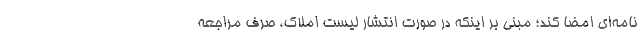
نامه‌ای امضا کند؛ مبنی بر اینکه در صورت انتشار لیست املاک، صرف مراجعه